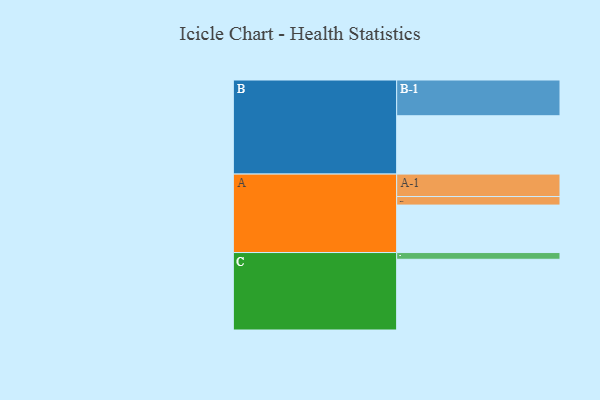
{"axis": {"x": "Segment", "y": "Value"}, "legend": ["", "A", "B", "C"], "data": [{"x": "A", "y": 368, "type": ""}, {"x": "B", "y": 452, "type": ""}, {"x": "C", "y": 548, "type": ""}, {"x": "A-1", "y": 174, "type": "A"}, {"x": "A-2", "y": 66, "type": "A"}, {"x": "B-1", "y": 277, "type": "B"}, {"x": "C-1", "y": 52, "type": "C"}]}